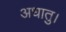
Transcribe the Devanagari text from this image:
अधातु।